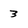
Character: 3